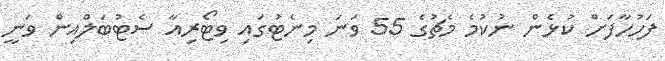
ފަހުހާފަށް ކުޅެން ނުކުމެ މެޗުގެ 55 ވަނަ މިނެޓުގައި ވިޓޯރިއާ ސެޓުބަލްއިން ވަނީ